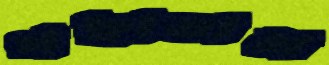
গছাতাম